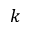
k